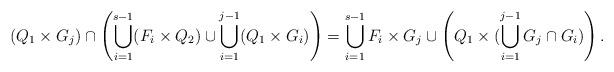
LaTeX: \begin{align*} (Q_1\times G_j)\cap \left(\bigcup_{i=1}^{s-1}(F_i\times Q_2)\cup \bigcup_{i=1}^{j-1}(Q_1\times G_i)\right) = \bigcup_{i=1}^{s-1}F_i\times G_j\cup \left(Q_1\times (\bigcup_{i=1}^{j-1}G_j\cap G_i)\right). \end{align*}